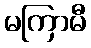
မကြာမီ